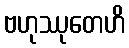
ဗဟုဿုတေဟိ